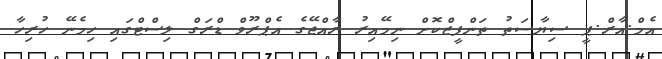
އެމް.އާރް.ޕީ ސިޔާސަތު ތަންފީޒްކޮށް ނިމޭއިރު ރާއްޖޭގެ އެޕްރޫވް ޑްރަގް ލިސްޓްގައި ހިމެނޭ ހުރިހާ